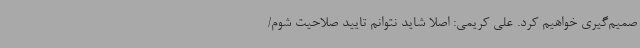
صمیم‌گیری خواهیم کرد. علی کریمی: اصلا شاید نتوانم تایید صلاحیت شوم/